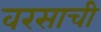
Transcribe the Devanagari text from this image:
वरसाची